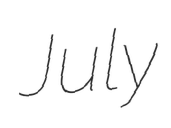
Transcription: July